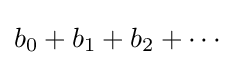
{\textstyle b_{0}+b_{1}+b_{2}+\cdots }